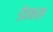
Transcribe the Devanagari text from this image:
डेनस